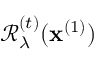
\mathcal { R } _ { \lambda } ^ { ( t ) } ( \mathbf { x } ^ { ( 1 ) } )